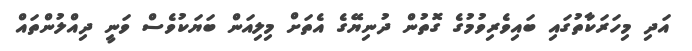
އަދި މިހަރަކާތުގައި ބައިވެރިވުމުގެ ގޮތުން ދުނިޔޭގެ އެތަށް މިލިއަން ބަޔަކުވެސް ވަނީ ދިއްލުންތައް